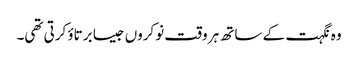
وہ نگہت کے ساتھ ہر وقت نوکروں جیسا برتاؤ کرتی تھی۔